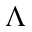
\Lambda